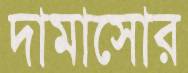
দামাসোর